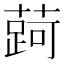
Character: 𬞐